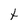
Character: t